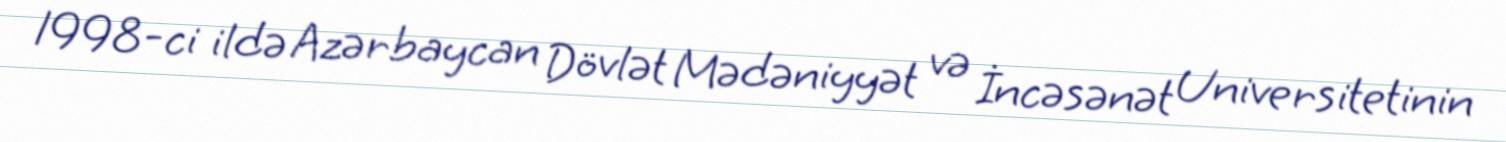
1998-ci ildə Azərbaycan Dövlət Mədəniyyət və İncəsənət Universitetinin